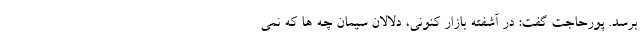
برسد. پورحاجت گفت: در آشفته بازار کنونی، دلالان سیمان چه ها که نمی